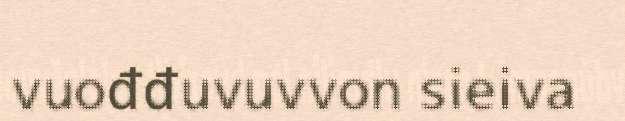
vuođđuvuvvon sieiva